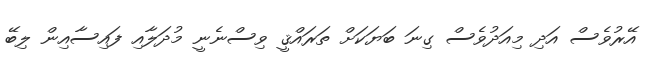
އޭރުވެސް އަދި މިއަދުވެސް ގިނަ ބަޔަކަށް ތަރައްޤީ ވިސްނެނީ މުދަލާއި ފައިސާއިން ލިބޭ